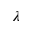
\lambda